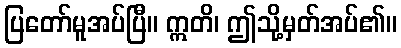
ပြတော်မူအပ်ပြီ။ ဣတိ၊ ဤသို့မှတ်အပ်၏။